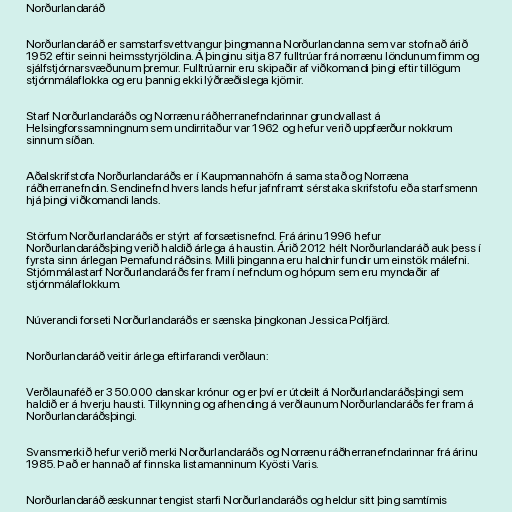
Norðurlandaráð

Norðurlandaráð er samstarfsvettvangur þingmanna Norðurlandanna sem var stofnað árið
1952 eftir seinni heimsstyrjöldina. Á þinginu sitja 87 fulltrúar frá norrænu löndunum fimm og
sjálfstjórnarsvæðunum þremur. Fulltrúarnir eru skipaðir af viðkomandi þingi eftir tillögum
stjórnmálaflokka og eru þannig ekki lýðræðislega kjörnir.

Starf Norðurlandaráðs og Norrænu ráðherranefndarinnar grundvallast á
Helsingforssamningnum sem undirritaður var 1962 og hefur verið uppfærður nokkrum
sinnum síðan.

Aðalskrifstofa Norðurlandaráðs er í Kaupmannahöfn á sama stað og Norræna
ráðherranefndin. Sendinefnd hvers lands hefur jafnframt sérstaka skrifstofu eða starfsmenn
hjá þingi viðkomandi lands.

Störfum Norðurlandaráðs er stýrt af forsætisnefnd. Frá árinu 1996 hefur
Norðurlandaráðsþing verið haldið árlega á haustin. Árið 2012 hélt Norðurlandaráð auk þess í
fyrsta sinn árlegan Þemafund ráðsins. Milli þinganna eru haldnir fundir um einstök málefni.
Stjórnmálastarf Norðurlandaráðs fer fram í nefndum og hópum sem eru myndaðir af
stjórnmálaflokkum.

Núverandi forseti Norðurlandaráðs er sænska þingkonan Jessica Polfjärd.

Norðurlandaráð veitir árlega eftirfarandi verðlaun:

Verðlaunaféð er 350.000 danskar krónur og er því er útdeilt á Norðurlandaráðsþingi sem
haldið er á hverju hausti. Tilkynning og afhending á verðlaunum Norðurlandaráðs fer fram á
Norðurlandaráðsþingi.

Svansmerkið hefur verið merki Norðurlandaráðs og Norrænu ráðherranefndarinnar frá árinu
1985. Það er hannað af finnska listamanninum Kyösti Varis.

Norðurlandaráð æskunnar tengist starfi Norðurlandaráðs og heldur sitt þing samtímis